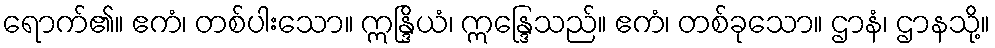
ရောက်၏။ ဧကံ၊ တစ်ပါးသော။ ဣန္ဒြိယံ၊ ဣန္ဒြေသည်။ ဧကံ၊ တစ်ခုသော။ ဌာနံ၊ ဌာနသို့။